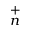
_ { n } ^ { + }